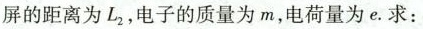
屏的距离为L_{2}，电子的质量为m，电荷量为e。求：